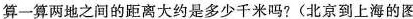
算一算两地之间的距离大约是多少千米吗?(北京到上海的图